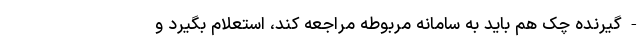
- گیرنده چک هم باید به سامانه مربوطه مراجعه کند، استعلام بگیرد و